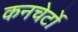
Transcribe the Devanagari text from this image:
कनचेर्टो